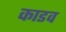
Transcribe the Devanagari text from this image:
काडव